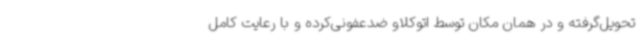
تحویل‌گرفته و در همان مکان توسط اتوکلاو ضدعفونی‌کرده و با رعایت کامل